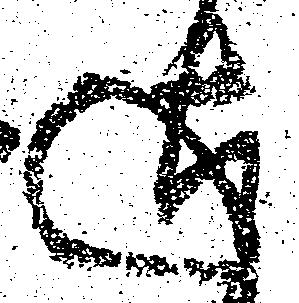
迄